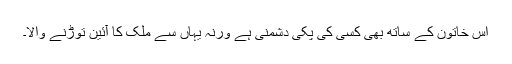
اس خاتون کے ساتھ بھی کسی کی پکی دشمنی ہے ورنہ یہاں سے ملک کا آئین توڑنے والا۔